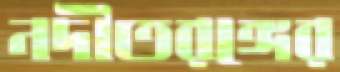
নদীতরঙ্গের